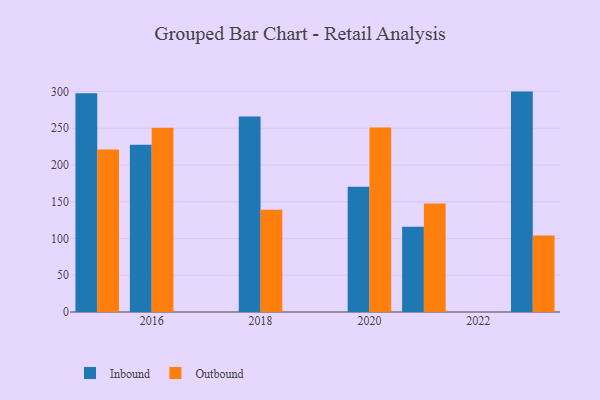
{"axis": {"x": "Year", "y": "Tickets Resolved"}, "legend": ["Inbound", "Outbound"], "data": [{"x": "2016", "y": 227.6, "type": "Inbound"}, {"x": "2016", "y": 250.6, "type": "Outbound"}, {"x": "2021", "y": 115.9, "type": "Inbound"}, {"x": "2021", "y": 147.5, "type": "Outbound"}, {"x": "2018", "y": 265.8, "type": "Inbound"}, {"x": "2018", "y": 139.2, "type": "Outbound"}, {"x": "2020", "y": 170.5, "type": "Inbound"}, {"x": "2020", "y": 250.8, "type": "Outbound"}, {"x": "2015", "y": 297.7, "type": "Inbound"}, {"x": "2015", "y": 221.1, "type": "Outbound"}, {"x": "2023", "y": 299.8, "type": "Inbound"}, {"x": "2023", "y": 103.9, "type": "Outbound"}]}